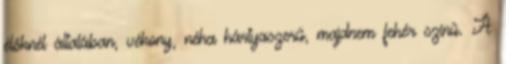
élőknél általában, vékony, néha hártyaszerű, majdnem fehér színű. A